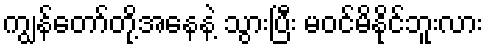
ကျွန်တော်တို့အနေနဲ့ သွားပြီး မဝင်မိနိုင်ဘူးလား